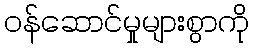
ဝန်ဆောင်မှုများစွာကို